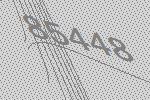
85448